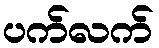
ပက်လက်